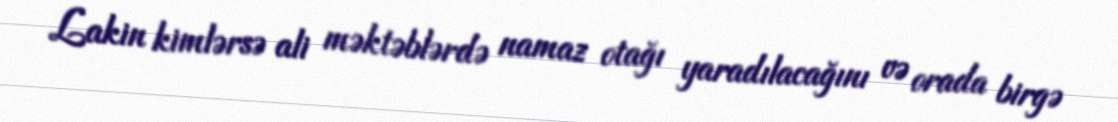
Lakin kimlərsə ali məktəblərdə namaz otağı yaradılacağını və orada birgə